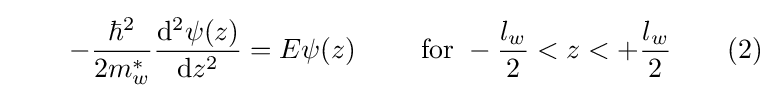
\quad \quad -{\frac {\hbar ^{2}}{2m_{w}^{*}}}{\frac {\mathrm {d} ^{2}\psi (z)}{\mathrm {d} z^{2}}}=E\psi (z)\quad \quad {\text{ for }}-{\frac {l_{w}}{2}}<z<+{\frac {l_{w}}{2}}\quad \quad (2)